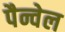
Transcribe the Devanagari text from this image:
पैन्वेल